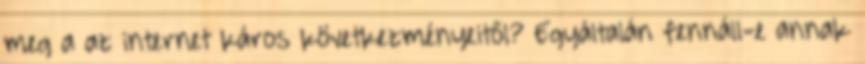
meg a az internet káros következményeitől? Egyáltalán fennáll-e annak